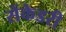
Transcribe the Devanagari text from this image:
सेंकेडरी